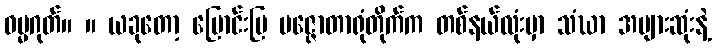
ဓမ္မဂုတ်။ ။ ယခုတော့ မြောင်းမြ ပဇ္ဇောတာရုံတိုက်က တစ်နယ်လုံးမှာ သံဃာ အများဆုံးနဲ့